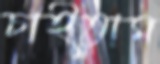
চাইতাম